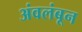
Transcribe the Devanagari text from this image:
अंवलंबून